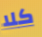
كلا